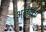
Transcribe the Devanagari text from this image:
अलेक्क्षा